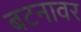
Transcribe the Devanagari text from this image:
बटनावर